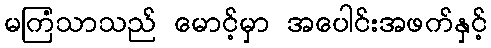
မကြံသာသည် မောင့်မှာ အပေါင်းအဖက်နှင့်